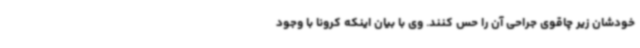
خودشان زیر چاقوی جراحی آن را حس کنند. وی با بیان اینکه کرونا با وجود